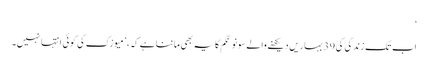
‘
اب تک زندگی کی 39 بہاریں دیکھنے والے سونو نگم کا یہ بھی ماننا ہے کہ، ’میوزک کی کوئی انتہا نہیں۔